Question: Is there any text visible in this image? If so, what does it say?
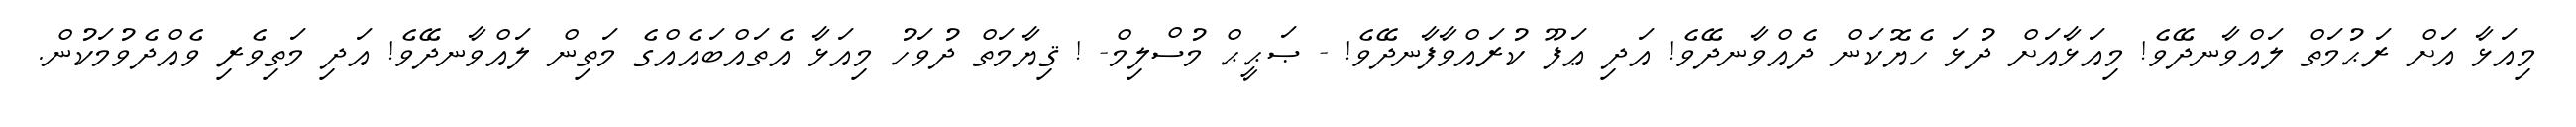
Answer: މިއަޅާ އަށް ރަޙުމަތް ލައްވާނދޭވެ! މިއަޅާއަށް ދުޅަ ހެޔޮކަން ދެއްވާނދޭވެ! އަދި ޢަފޫ ކުރައްވާފާނދޭވެ! - ޞަޙީޙް މުސްލިމް- ! ޤިޔާމަތް ދުވަހު މިއަޅާ އެތައްބައެއްގެ މަތިން ލައްވާނދޭވެ! އަދި މަތިވެރި ވެއްދެވުމަކުން.